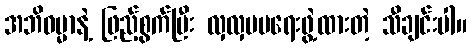
အဘိဓမ္မာနဲ့ ဖြည့်စွက်ပြီး လှလှပပရေးဖွဲ့ထားတဲ့ သီချင်းပါ။